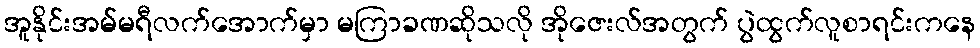
အူနိုင်းအမ်မရီလက်အောက်မှာ မကြာခဏဆိုသလို အိုဇေးလ်အတွက် ပွဲထွက်လူစာရင်းကနေ